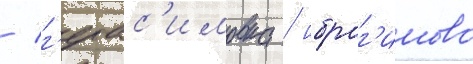
/ г'ерас'имовка / ибраг'имово